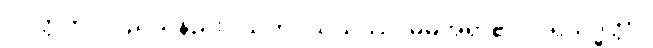
ပဝတ္တတိ၊ လည်သနည်း။ သကဝိသယဿ၊ မိမိအရာ၏။ ပရိသုဒ္ဓတ္တာ၊